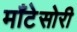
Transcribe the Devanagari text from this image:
माँटेसोरी